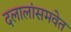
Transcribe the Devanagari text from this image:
दलालांसमवेत